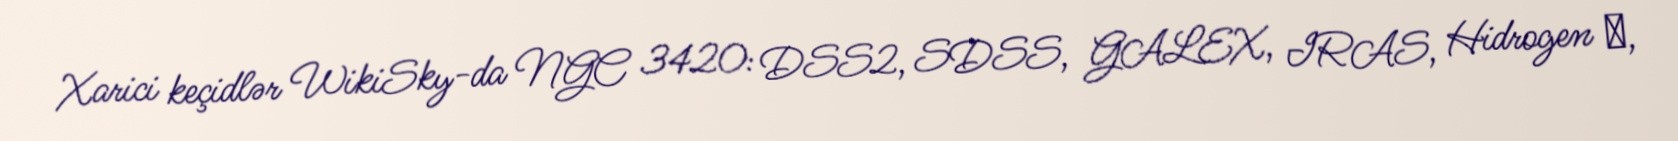
Xarici keçidlər WikiSky-da NGC 3420: DSS2, SDSS, GALEX, IRAS, Hidrogen α,